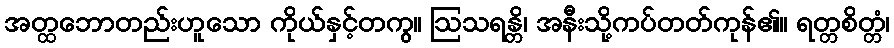
အတ္ထဘောတည်းဟူသော ကိုယ်နှင့်တကွ။ ဩသရန္တိ၊ အနီးသို့ကပ်တတ်ကုန်၏။ ရတ္တစိတ္တံ၊